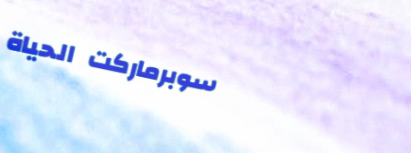
سوبرماركت الحياة